Report of the Indian Hemp Drugs Commission, 1894-1895 - Volume VI
Year: 1894
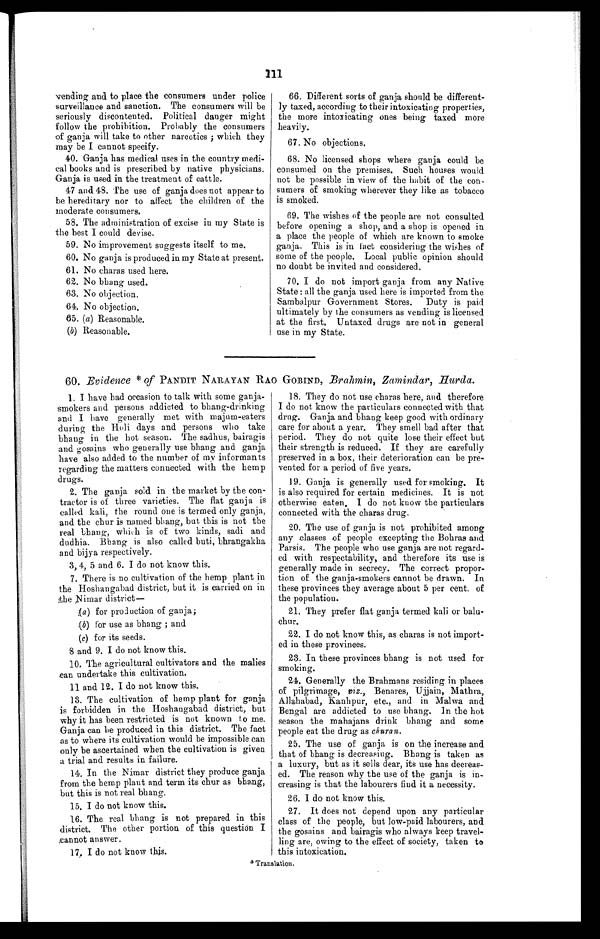
111
vending and to place the consumers under police
surveillance and sanction. The consumers will be
seriously discontented. Political danger might
follow the prohibition. Probably the consumers
of ganja will take to other narcotics; which they
may be I cannot specify.
40. Ganja has medical uses in the country medi
- c a l b o o k s a n d i s p r e s c r i b e d b y n a t i v e p h y s i c i a n s .
Ganja is used in the treatment of cattle.
47 and 48. The use of ganja does not appear to
be hereditary nor to affect the children of the
moderate consumers.
58. The administration of excise in my State is
the best I could devise.
59. No improvement suggests itself to me.
60. No ganja is produced in my State at present.
61. No charas used here.
62. No bhang used.
63. No objection.
64. No objection.
65. (a) Reasonable.
(b) Reasonable.
66. Different sorts of ganja should be different
-ly taxed, according to their intoxicating properties,
the more intoxicating ones being taxed more
heavily.
67. No objections.
68. No licensed shops where ganja could be
consumed on the premises. Such houses would
not be possible in view of the habit of the con
-sumers of smoking wherever they like as tobacco
is smoked.
69. The wishes of the people are not consulted
before opening a shop, and a shop is opened in
a place the people of which are known to smoke
ganja. This is in fact considering the wishes of
some of the people. Local public opinion should
no doubt be invited and considered.
70. I do not import ganja from any Native
State: all the ganja used here is imported from the
Sambalpur Government Stores. Duty is paid
ultimately by the consumers as vending is licensed
at the first. Untaxed drugs are not in general
use in my State.
60. Evidence * of PANDIT NARAYAN RAO GOBIND, Brahmin, Zamindar, Hurda.
1. I have had occasion to talk with some ganja
- smokers and persons addicted to bhang-drinking
and I have generally met with majum-eaters
during the Holi days and persons who take
bhang in the hot season. The sadhus, bairagis
and gosains who generally use bhang and ganja
have also added to the number of my informants
regarding the matters connected with the hemp
drugs.
2. The ganja sold in the market by the con
-tractor is of three varieties. The flat ganja is
called kali, the round one is termed only ganja,
and the chur is named bhang, but this is not the
real bhang, which is of two kinds, sadi and
dudhia. Bhang is also called buti, bhrangakha
and bijya respectively.
3, 4, 5 and 6. I do not know this.
7. There is no cultivation of the hemp plant in
the Hoshangabad district, but it is carried on in
the Nimar district
—
(a ) for production of ganja;
(b) for use as bhang; and
(c) for its seeds.
8 and 9. I do not know this.
10. The agricultural cultivators and the malies
can undertake this cultivation.
11 and 12. I do not know this.
13. The cultivation of hemp plant for ganja
is forbidden in the Hoshangabad district, but
why it has been restricted is not known to me.
Ganja can be produced in this district. The fact
as to where its cultivation would be impossible can
only be ascertained when the cultivation is given
a trial and results in failure.
14. In the Nimar district they produce ganja
from the hemp plant and term its chur as bhang,
but this is not real bhang.
15. I do not know this.
16. The real bhang is not prepared in this
district. The other portion of this question I
cannot answer.
17. I do not know this.
18. They do not use charas here, and therefore
I do not know the particulars connected with that
drug. Ganja and bhang keep good with ordinary
care for about a year. They smell bad after that
period. They do not quite lose their effect but
their strength is reduced. If they are carefully
preserved in a box, their deterioration can be pre
-vented for a period of five years.
19. Ganja is generally used for smoking. It
is also required for certain medicines. It is not
otherwise eaten, I do not know the particulars
connected with the charas drug.
20. The use of ganja is not prohibited among
any classes of people excepting the Bohras and
Parsis. The people who use ganja are not regard
- e d w i t h r e s p e c t a b i l i t y , a n d t h e r e f o r e i t s u s e i s
generally made in secrecy. The correct propor
- t i o n o f t h e g a n j a - s m o k e r s c a n n o t b e d r a w n . I n
these provinces they average about 5 per cent. of
the population.
21. They prefer flat ganja termed kali or balu
-chur.
22. I do not know this, as charas is not import
-ed in these provinces.
23. In these provinces bhang is not used for
smoking.
24. Generally the Brahmans residing in places
of pilgrimage, viz., Benares, Ujjain, Mathra,
Allahabad, Kanhpur, etc., and in Malwa and
Bengal are addicted to use bhang. In the hot
season the mahajans drink bhang and some
people eat the drug as c h u r a n .
25. The use of ganja is on the increase and
that of bhang is decreasiug. Bhang is taken as
a luxury, but as it sells dear, its use has decreas
-ed. The reason why the use of the ganja is in
- c r e a s i n g i s t h a t t h e l a b o u r e r s f i n d i t a n e c e s s i t y .
26. I do not know this.
27. It does not depend upon any particular
class of the people, but low-paid labourers, and
the gosains and bairagis who always keep travel
-ling are, owing to the effect of society, taken to
this intoxication.
* Translation.